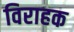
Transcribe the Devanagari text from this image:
विराहक